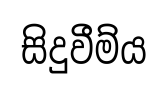
සිදුවීම්ය